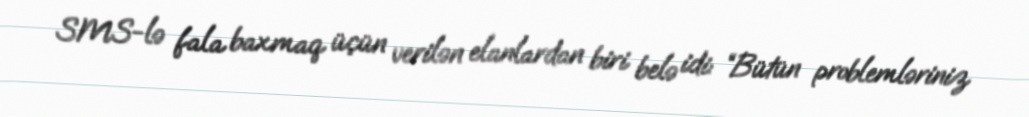
SMS-lə fala baxmaq üçün verilən elanlardan biri belə idi: “Bütün problemləriniz